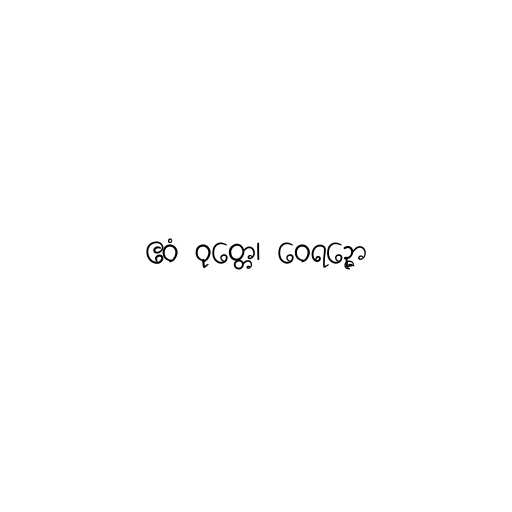
ဧဝံ ဝုတ္တေ၊ ဝေရဉ္ဇော